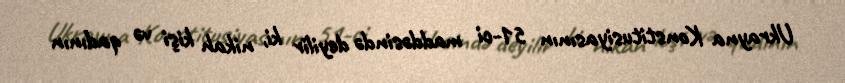
Ukrayna Konstitusiyasının 51-ci maddəsində deyilir ki, nikah kişi və qadının